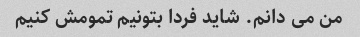
من می دانم. شاید فردا بتونیم تمومش کنیم